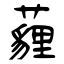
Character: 薶